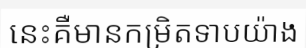
នេះគឺមានកម្រិតទាបយ៉ាង